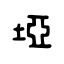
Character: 埡